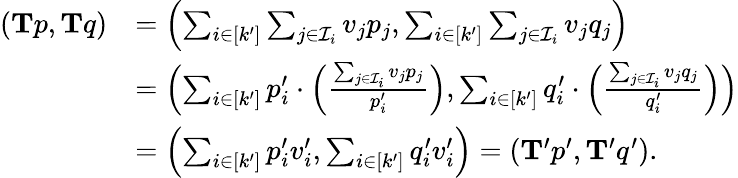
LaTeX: \begin{array}{rl}{(\mathbf{T}p,\mathbf{T}q)}&{=\left(\sum_{i\in[k^{\prime}]}\sum_{j\in\mathcal{I}_{i}}v_{j}p_{j},\sum_{i\in[k^{\prime}]}\sum_{j\in\mathcal{I}_{i}}v_{j}q_{j}\right)}\\ &{=\left(\sum_{i\in[k^{\prime}]}p_{i}^{\prime}\cdot\left(\frac{\sum_{j\in\mathcal{I}_{i}}v_{j}p_{j}}{p_{i}^{\prime}}\right),\sum_{i\in[k^{\prime}]}q_{i}^{\prime}\cdot\left(\frac{\sum_{j\in\mathcal{I}_{i}}v_{j}q_{j}}{q_{i}^{\prime}}\right)\right)}\\ &{=\left(\sum_{i\in[k^{\prime}]}p_{i}^{\prime}v_{i}^{\prime},\sum_{i\in[k^{\prime}]}q_{i}^{\prime}v_{i}^{\prime}\right)=\left(\mathbf{T}^{\prime}p^{\prime},\mathbf{T}^{\prime}q^{\prime}\right).}\end{array}